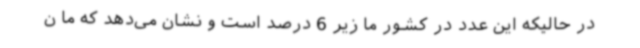
در حالیکه این عدد در کشور ما زیر 6 درصد است و نشان می‌دهد که ما ن